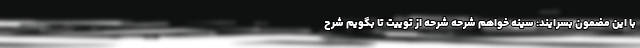
با این مضمون بسُرایند: سینه خواهم شَرحه شَرحه از توییت تا بگویم شرح